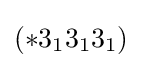
(*3_{1}3_{1}3_{1})